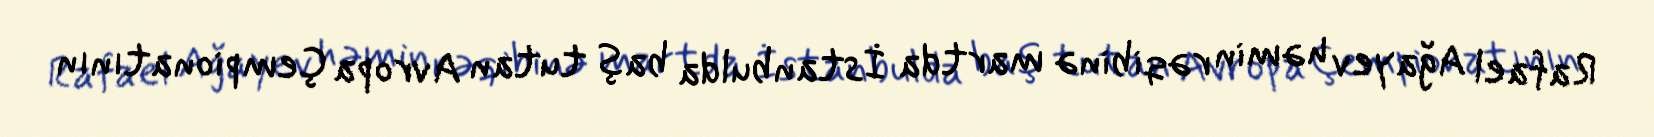
Rafael Ağayev həmin rəqibinə martda İstanbulda baş tutan Avropa Çempionatının